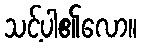
သင့်ပါ၏လော။